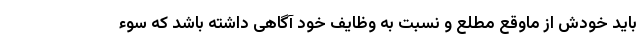
باید خودش از ماوقع مطلع و نسبت به وظایف خود آگاهی داشته باشد که سوء